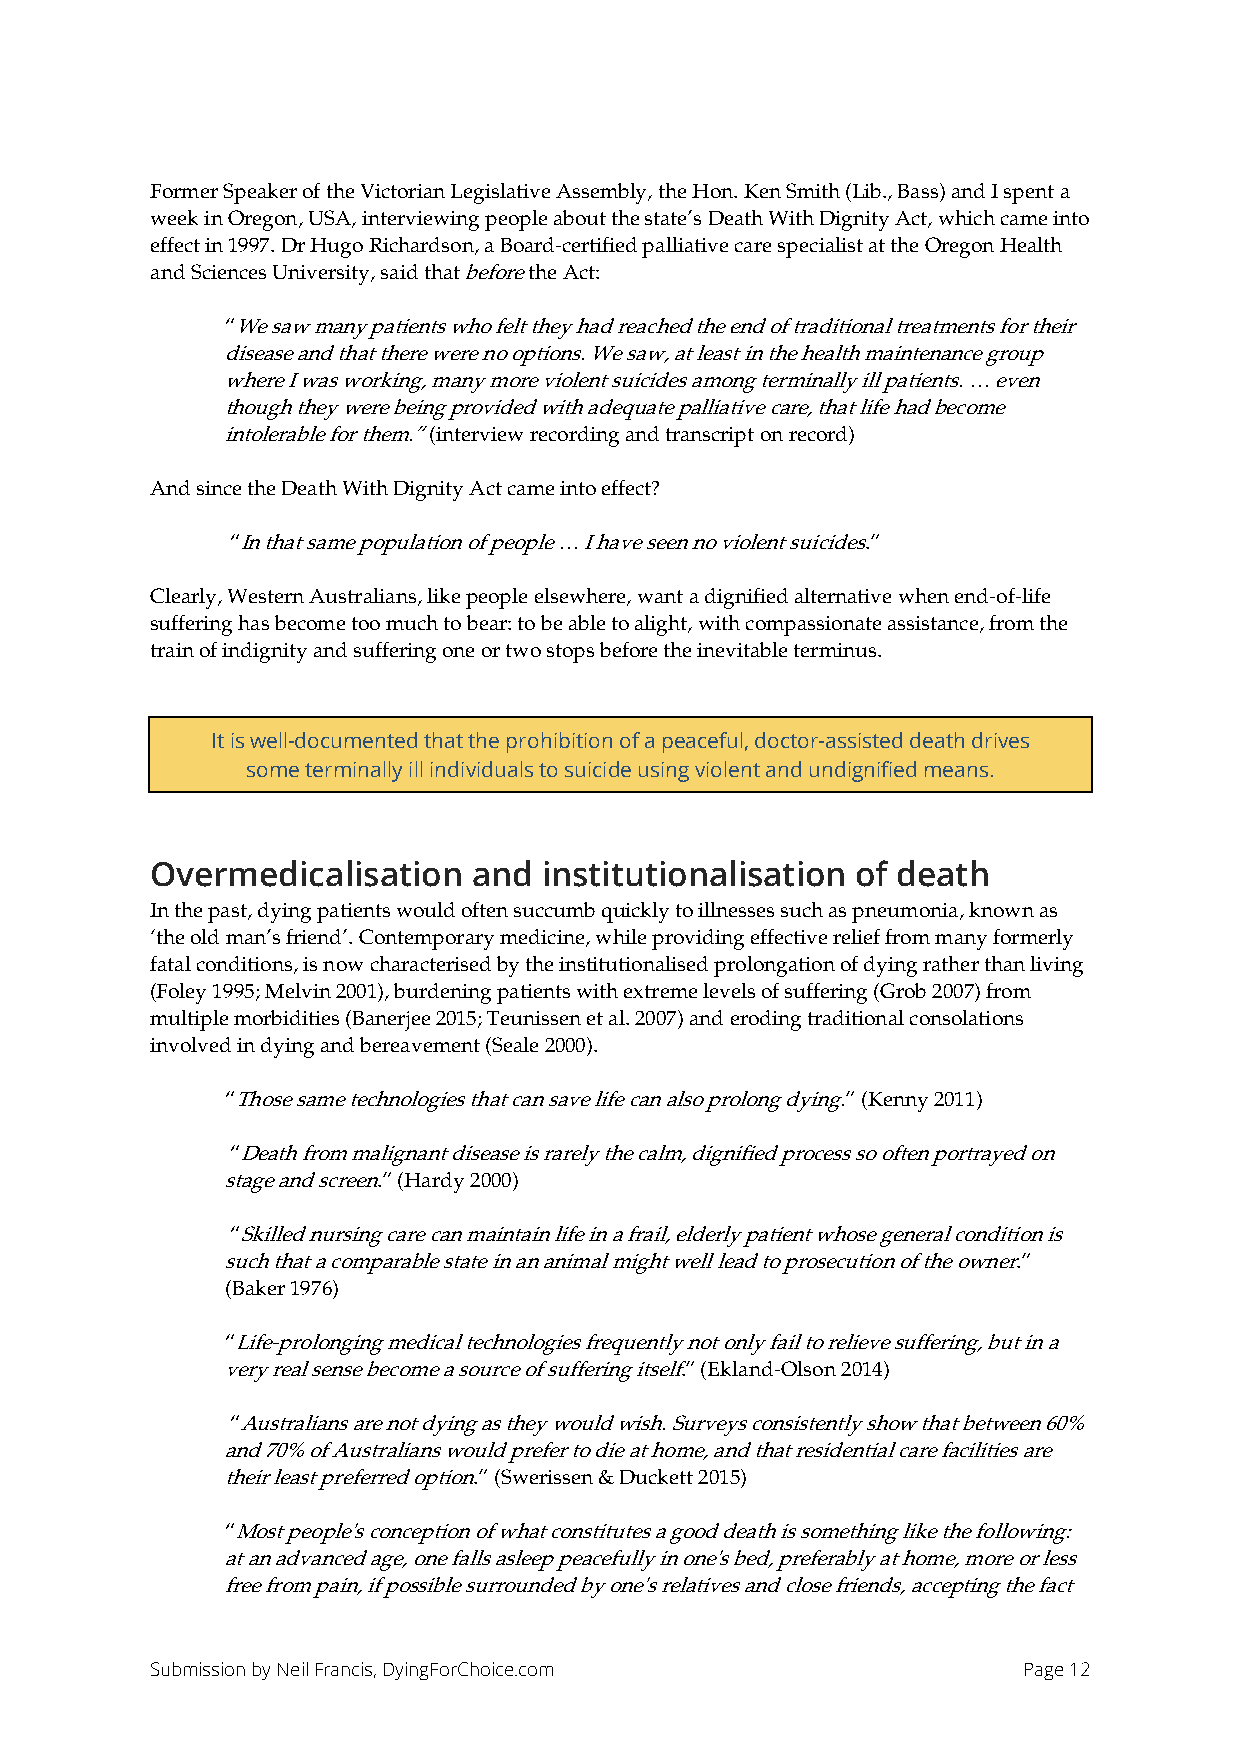
Former Speaker of the Victorian Legislative Assembly, the Hon. Ken Smith (Lib., Bass) and I spent a
 week in Oregon, USA, interviewing people about the state’s Death With Dignity Act, which came into
 effect in 1997. Dr Hugo Richardson, a Board-certified palliative care specialist at the Oregon Health
 and Sciences University, said that before the Act:
 “We saw many patients who felt they had reached the end of traditional treatments for their
 disease and that there were no options. We saw, at least in the health maintenance group
 where I was working, many more violent suicides among terminally ill patients. … even
 though they were being provided with adequate palliative care, that life had become
 intolerable for them.” (interview recording and transcript on record)
 And since the Death With Dignity Act came into effect?
 “In that same population of people … I have seen no violent suicides.”
 Clearly, Western Australians, like people elsewhere, want a dignified alternative when end-of-life
 suffering has become too much to bear: to be able to alight, with compassionate assistance, from the
 train of indignity and suffering one or two stops before the inevitable terminus.
 It is well-documented that the prohibition of a peaceful, doctor-assisted death drives
 some terminally ill individuals to suicide using violent and undignified means.
 Overmedicalisation   and  institutionalisation of death
 In the past, dying patients would often succumb quickly to illnesses such as pneumonia, known as
 ‘the old man’s friend’. Contemporary medicine, while providing effective relief from many formerly
 fatal conditions, is now characterised by the institutionalised prolongation of dying rather than living
 (Foley 1995; Melvin 2001), burdening patients with extreme levels of suffering (Grob 2007) from
 multiple morbidities (Banerjee 2015; Teunissen et al. 2007) and eroding traditional consolations
 involved in dying and bereavement (Seale 2000).
 “Those same technologies that can save life can also prolong dying.” (Kenny 2011)
 “Death from malignant disease is rarely the calm, dignified process so often portrayed on
 stage and screen.” (Hardy 2000)
 “Skilled nursing care can maintain life in a frail, elderly patient whose general condition is
 such that a comparable state in an animal might well lead to prosecution of the owner.”
 (Baker 1976)
 “Life-prolonging medical technologies frequently not only fail to relieve suffering, but in a
 very real sense become a source of suffering itself.” (Ekland-Olson 2014)
 “Australians are not dying as they would wish. Surveys consistently show that between 60%
 and 70% of Australians would prefer to die at home, and that residential care facilities are
 their least preferred option.” (Swerissen & Duckett 2015)
 “Most people's conception of what constitutes a good death is something like the following:
 at an advanced age, one falls asleep peacefully in one's bed, preferably at home, more or less
 free from pain, if possible surrounded by one's relatives and close friends, accepting the fact
 Submission by Neil Francis, DyingForChoice.com            Page 12